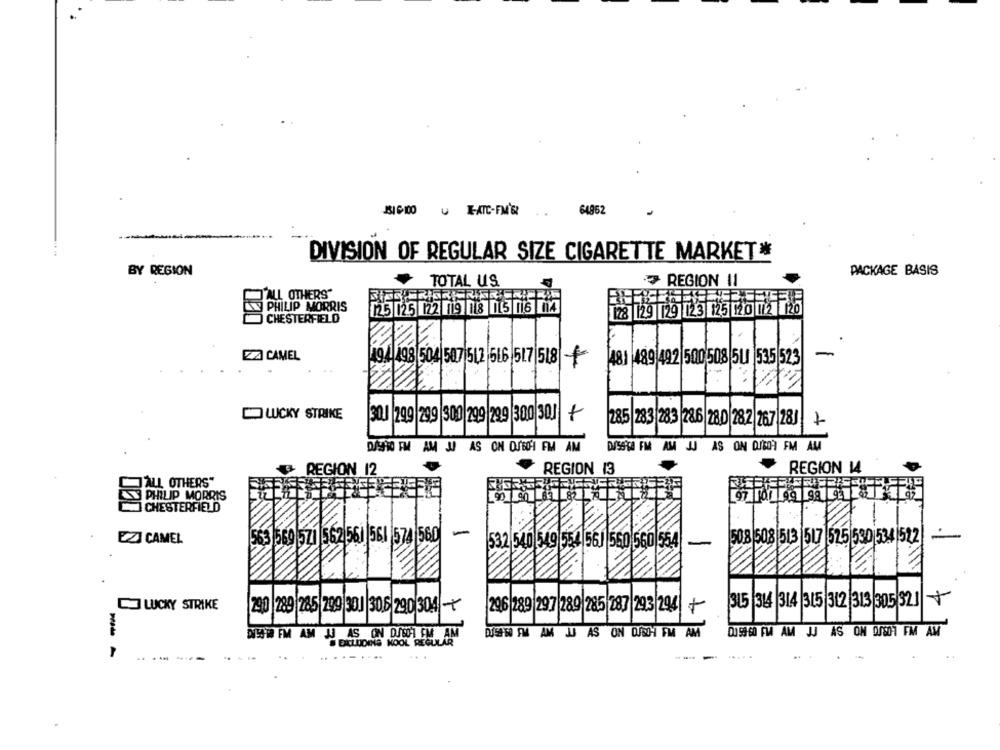
1316:00 -ATC-FM'S
64962
DIVISION OF REGULAR SIZE CIGARETTE MARKET *
BY REGION
PACKAGE BASIS
TOTAL US
REGION !!
CAL OTHERS"
128 29 [29 123 25 20 02 725
PHILIP MORRIS
125 125 122 119 118 115 ni6 14
CHESTERFIELD
ZA CAMEL
481 489 492 500 508 5U 535 523
-
194198 504 587 512 516 517 518
-
COWCKY STRIKE
30J 299 299 300 299 299 300 30J +
285 283 283 286 280 282 267|28]| +
DJSTO FM AM J AS ON OSED'I FM AM
DASS ÇA FM AM JJ AS ON DIGOR FM AM
REGION 12
REGION 13
REGION 14
CALL OTHERS"
PHILIP MORRIS
CHESTERFIELD
EZI CAMEL
53 569 57 562 561 561 574 560-
50.8 508 513 517 525 530 534 522 -
532 540 549 554 56J 550 560 554
-
LUCKY STRIKE
315 314 314 315 312 313 305 323
290 289 285 299 301 306 290 304 -
296 289 297 289 285 287 293 294 +
00 59-60 FW AM JJ AS OM OUS0- FM AM
DE59 W FM AM JJ AS ON DJ80'1 CM AM
DJSONO FM AM JU AS ON DUS FM AM
EXCLUDING NOOL REGULAR